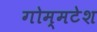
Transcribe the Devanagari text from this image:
गोम्मटेश